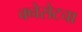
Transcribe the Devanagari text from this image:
क्नेसेटचा